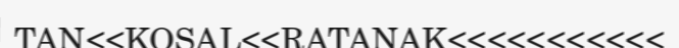
TAN<<KOSAL<<RATANAK<<<<<<<<<<<